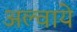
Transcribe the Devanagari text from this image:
अल्वाये